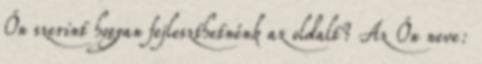
Ön szerint hogyan fejleszthetnénk az oldalt? Az Ön neve: